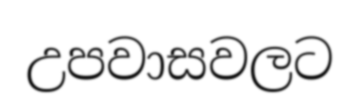
උපවාසවලට